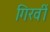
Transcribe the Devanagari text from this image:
गिरवीं